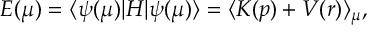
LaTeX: E ( \mu ) = \langle \psi ( \mu ) | H | \psi ( \mu ) \rangle = \langle K ( p ) + V ( r ) \rangle _ { \mu } ,